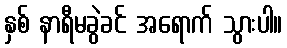
နှစ် နာရီမခွဲခင် အရောက် သွားပါ။